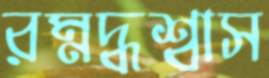
রম্নদ্ধশ্বাস